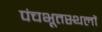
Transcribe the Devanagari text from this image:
पंचभूतस्थलों